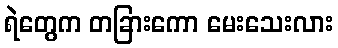
ရဲတွေက တခြားကော မေးသေးလား